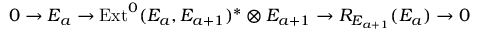
0 \rightarrow E _ { a } \rightarrow \mathrm { E x t } ^ { 0 } ( E _ { a } , E _ { a + 1 } ) ^ { * } \otimes E _ { a + 1 } \rightarrow R _ { E _ { a + 1 } } ( E _ { a } ) \rightarrow 0